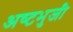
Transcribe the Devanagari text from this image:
अष्‍टभुजी